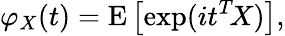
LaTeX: \varphi_{X}(t)=\operatorname{E}\left[\exp(it^{T}\! X)\right],